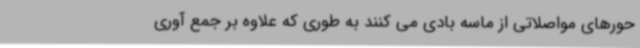
حورهای مواصلاتی از ماسه بادی می کنند به طوری که علاوه بر جمع آوری